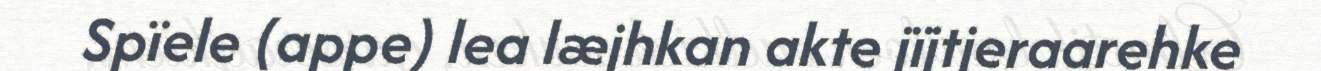
Spïele (appe) lea læjhkan akte jïjtjeraarehke